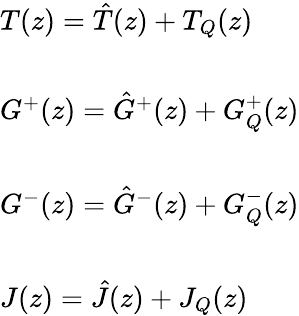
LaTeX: \begin{array}{l}{{T(z)=\hat{T}(z)+T_{Q}(z)}}\\ {{\ }}\\ {{G^{+}(z)=\hat{G}^{+}(z)+G_{Q}^{+}(z)}}\\ {{\ }}\\ {{G^{-}(z)=\hat{G}^{-}(z)+G_{Q}^{-}(z)}}\\ {{\ }}\\ {{J(z)=\hat{J}(z)+J_{Q}(z)}}\end{array}